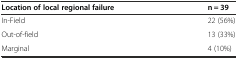
| Location of local regional failure | n = 39 |
 | --- | --- |
 | In-Field | 22 (56%) |
 | Out-of-field | 13 (33%) |
 | Marginal | 4 (10%) |